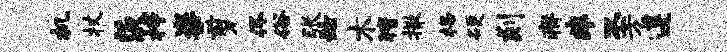
机杖茨梓粢剪佟俗张炫木猜撒格硬剡瘠非丕方遵